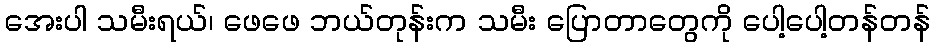
အေးပါ သမီးရယ်၊ ဖေဖေ ဘယ်တုန်းက သမီး ပြောတာတွေကို ပေါ့ပေါ့တန်တန်